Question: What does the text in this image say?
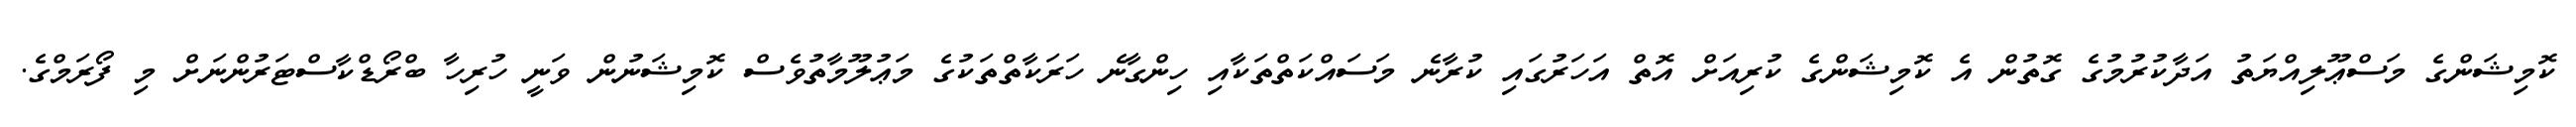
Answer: ކޮމިޝަންގެ މަސްޢޫލިއްޔަތު އަދާކުރުމުގެ ގޮތުން އެ ކޮމިޝަންގެ ކުރިއަށް އޮތް އަހަރުގައި ކުރާނެ މަސައްކަތްތަކާއި ހިންގާނެ ހަރަކާތްތަކުގެ މަޢުލޫމާތުވެސް ކޮމިޝަނުން ވަނީ ހުރިހާ ބްރޯޑްކާސްޓަރުންނަށް މި ފޯރަމްގެ.